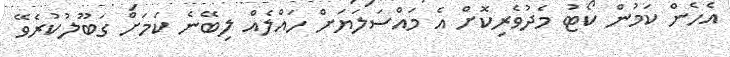
އެހެން ކަމުން ކޯޓު މެދުވެރިކޮށް އެ މައްސަލަޔަށް ހައްލެއް ލިބޭނެ ކަމަށް ގަބޫލުކުރެވޭ